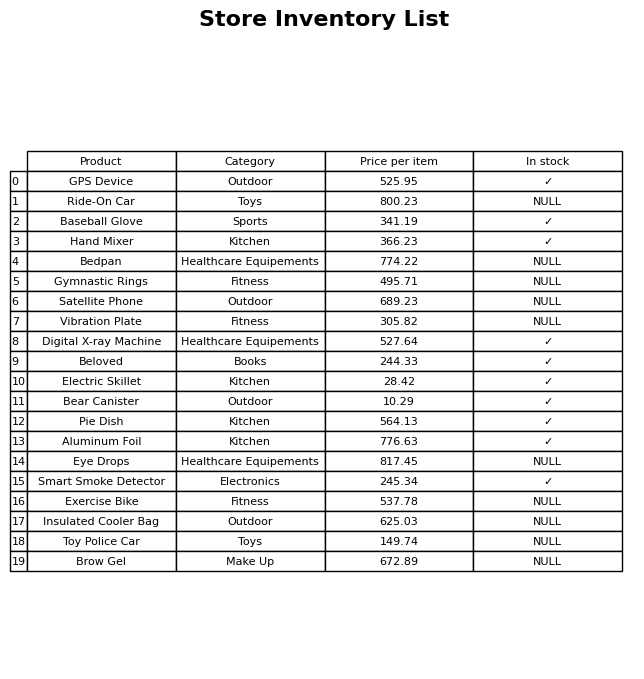
question: What is the price for Digital X-ray Machine?
answer: The price of Digital X-ray Machine is 527.64.